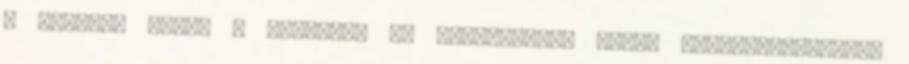
a playoff felé. A Farkasok új generációja eddig bajnokesélyeshez